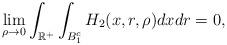
LaTeX: \begin{align*}\lim_{\rho\to 0} \int_{\mathbb{R}^+}\int_{B_1^c} H_2(x,r,\rho)dxdr=0, \end{align*}